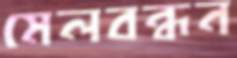
মেলবন্ধন